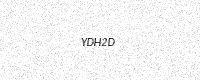
Text: YDH2D